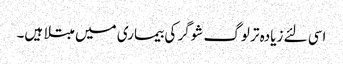
اسی لئے زیادہ تر لوگ شوگر کی بیماری میں مبتلا ہیں۔